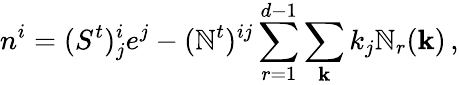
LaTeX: n^{i}=(S^{t})_{j}^{i}e^{j}-(\mathbb{N}^{t})^{ij}\sum_{r=1}^{d-1}\sum_{\mathbf{k}}k_{j}\mathbb{N}_{r}({\mathbf{k}})\, ,